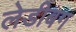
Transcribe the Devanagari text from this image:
लेडीबग